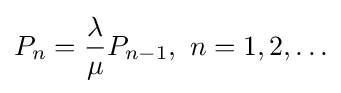
P_{n}={\frac {\lambda }{\mu }}P_{n-1},\ n=1,2,\ldots